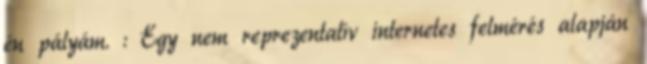
én pályám. : Egy nem reprezentatív internetes felmérés alapján